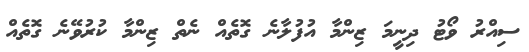
ސިއްރު ވޯޓު ދިނީމަ ޒިންމާ އުފުލާނެ ގޮތެއް ނެތް ޒިންމާ ކުރުވޭނެ ގޮތެއް